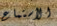
الأستماع